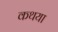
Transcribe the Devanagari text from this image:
कथया